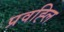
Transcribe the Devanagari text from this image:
प्रवह्लि